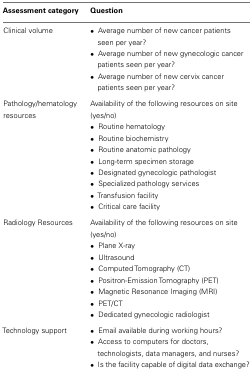
| Assessment category | Question |
 | --- | --- |
 | Clinical volume | • Average number of new cancer patients seen per year? |
 |  | • Average number of new gynecologic cancer patients seen per year? |
 |  | • Average number of new cervix cancer patients seen per year? |
 | Pathology/hematology resources | Availability of the following resources on site (yes/no) |
 |  | • Routine hematology |
 |  | • Routine biochemistry |
 |  | • Routine anatomic pathology |
 |  | • Long-term specimen storage |
 |  | • Designated gynecologic pathologist |
 |  | • Specialized pathology services |
 |  | • Transfusion facility |
 |  | • Critical care facility |
 | Radiology Resources | Availability of the following resources on site (yes/no) |
 |  | • Plane X-ray |
 |  | • Ultrasound |
 |  | • Computed Tomography (CT) |
 |  | • Positron-Emission Tomography (PET) |
 |  | • Magnetic Resonance Imaging (MRI) |
 |  | • PET/CT |
 |  | • Dedicated gynecologic radiologist |
 | Technology support | • Email available during working hours? |
 |  | • Access to computers for doctors, technologists, data managers, and nurses? |
 |  | • Is the facility capable of digital data exchange? |